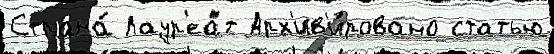
Страна́ Лаур'еа́т Арх'ив'и́ровано статью